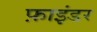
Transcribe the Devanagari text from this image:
फ़ाइंडर